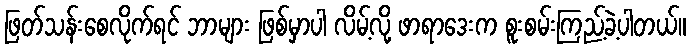
ဖြတ်သန်းစေလိုက်ရင် ဘာများ ဖြစ်မှာပါ လိမ့်လို့ ဖာရာဒေးက စူးစမ်းကြည့်ခဲ့ပါတယ်။